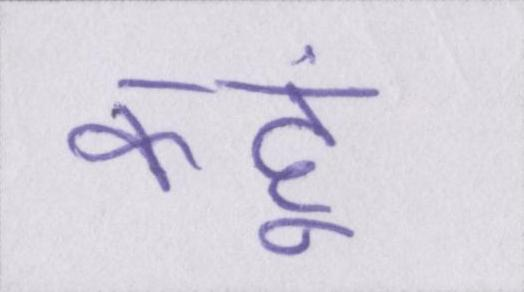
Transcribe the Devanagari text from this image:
कहूं